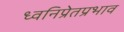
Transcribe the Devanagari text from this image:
ध्वनिप्रेतप्रभाव